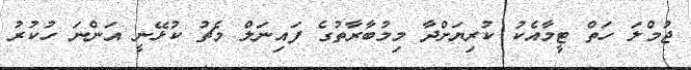
ޖުމްލަ ހަތް ޓީމާއެކު ކުރިޔަށްދާ މިމުބާރާތުގެ ފައިނަލް މެޗު ކުޅޭނީ އަންނަ ހުކުރު